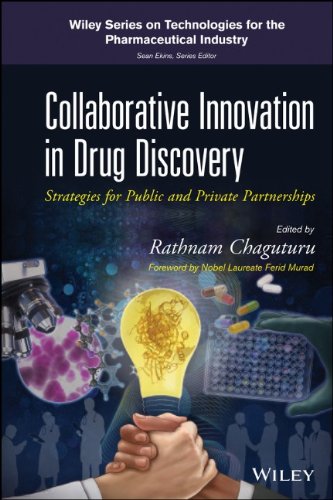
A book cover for Collaborative Innovation in Drug Discovery: Strategies for Public and Private Partnerships (Wiley Series on Technologies for the Pharmaceutical Industry); Medical Books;